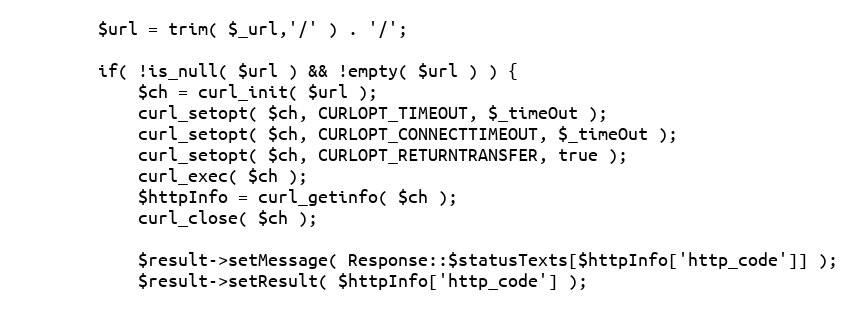
Language: PHP
        $url = trim( $_url,'/' ) . '/';

        if( !is_null( $url ) && !empty( $url ) ) {
            $ch = curl_init( $url );
            curl_setopt( $ch, CURLOPT_TIMEOUT, $_timeOut );
            curl_setopt( $ch, CURLOPT_CONNECTTIMEOUT, $_timeOut );
            curl_setopt( $ch, CURLOPT_RETURNTRANSFER, true );
            curl_exec( $ch );
            $httpInfo = curl_getinfo( $ch );
            curl_close( $ch );

            $result->setMessage( Response::$statusTexts[$httpInfo['http_code']] );
            $result->setResult( $httpInfo['http_code'] );